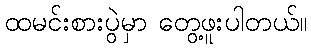
ထမင်းစားပွဲမှာ တွေ့ဖူးပါတယ်။